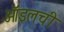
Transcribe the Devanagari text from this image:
ऑइलची